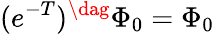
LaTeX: (e^{-T})^{\dag}\Phi_{0}=\Phi_{0}